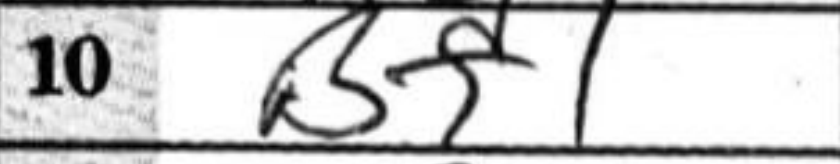
Transcription: Bf1